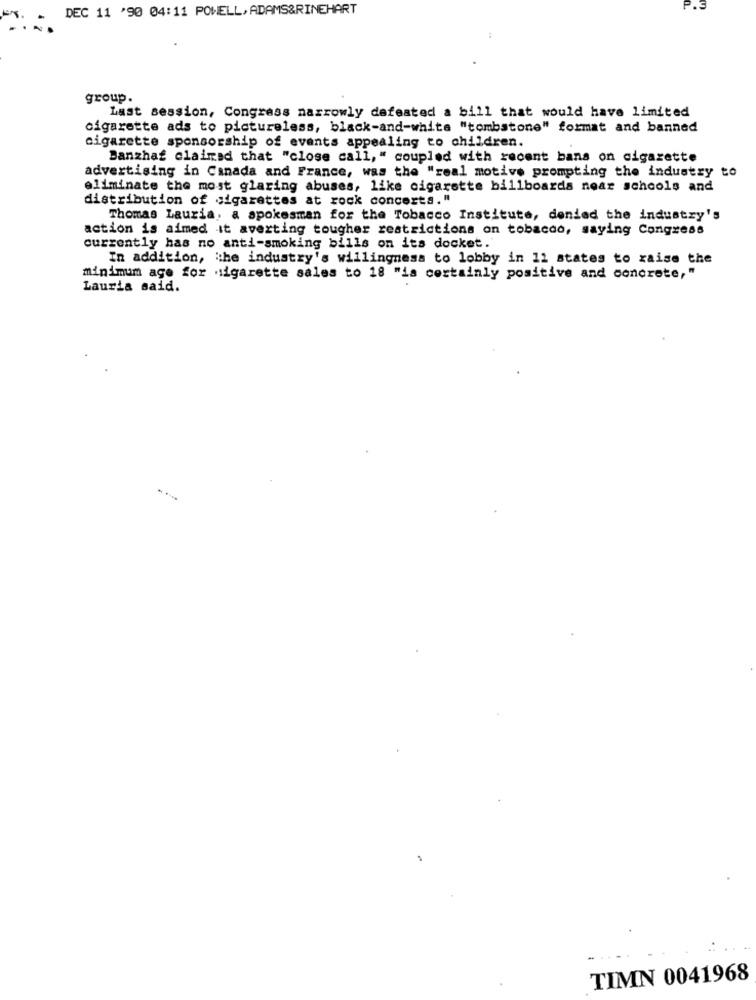
DEC 11 '90 04:11 POWELL, ADAMS&RINEHART
P.S
group.
Last session, Congress narrowly defeated a bill that would have limited
cigarette ads to pictureless, black-and-white "tombstone" format and banned
cigarette sponsorship of events appealing to children.
Banzhaf claimed that "close call," coupled with recent bana on cigarette
advertising in Canada and France, was the "real motive prompting the industry to
eliminate the most glaring abuses, like cigarette billboards near schools and
distribution of cigarettes at rock concerts."
Thomas Lauria, a spokesman for the Tobacco Institute, denied the industry's
action is aimed it averting tougher restrictions on tobacco, saying Congress
currently has no anti-smoking bills on its docket.
In addition, the industry's willingness to lobby in 11 states to raise the
minimum age for sigarette sales to 18 "is certainly positive and concrete,"
Lauria said.
TIMN 0041968